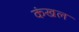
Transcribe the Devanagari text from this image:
कंखल